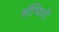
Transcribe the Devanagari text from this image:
संघियों